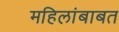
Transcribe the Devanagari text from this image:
महिलांबाबत